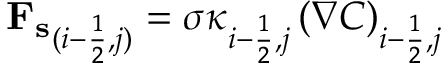
\begin{array} { r } { { \mathbf { F _ { s } } } _ { ( i - \frac { 1 } { 2 } , j ) } = \sigma \kappa _ { i - \frac { 1 } { 2 } , j } \left( \nabla C \right) _ { i - \frac { 1 } { 2 } , j } } \end{array}